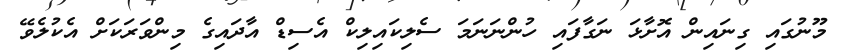
މޫނުގައި ގިނައިން އޮށާޅަ ނަގާފައި ހުންނަނަމަ ސެލިކައިލިކް އެސިޑް އާދައިގެ މިންވަރަކަށް އެކުލެވޭ